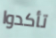
تأكدوا